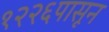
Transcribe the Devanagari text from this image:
१२२६पासून